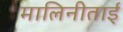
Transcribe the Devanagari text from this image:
मालिनीताई